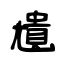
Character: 尵